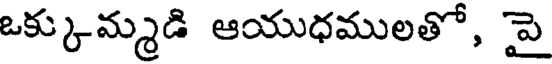
ఒక్కుమ్మడి ఆయుధములతో, పై